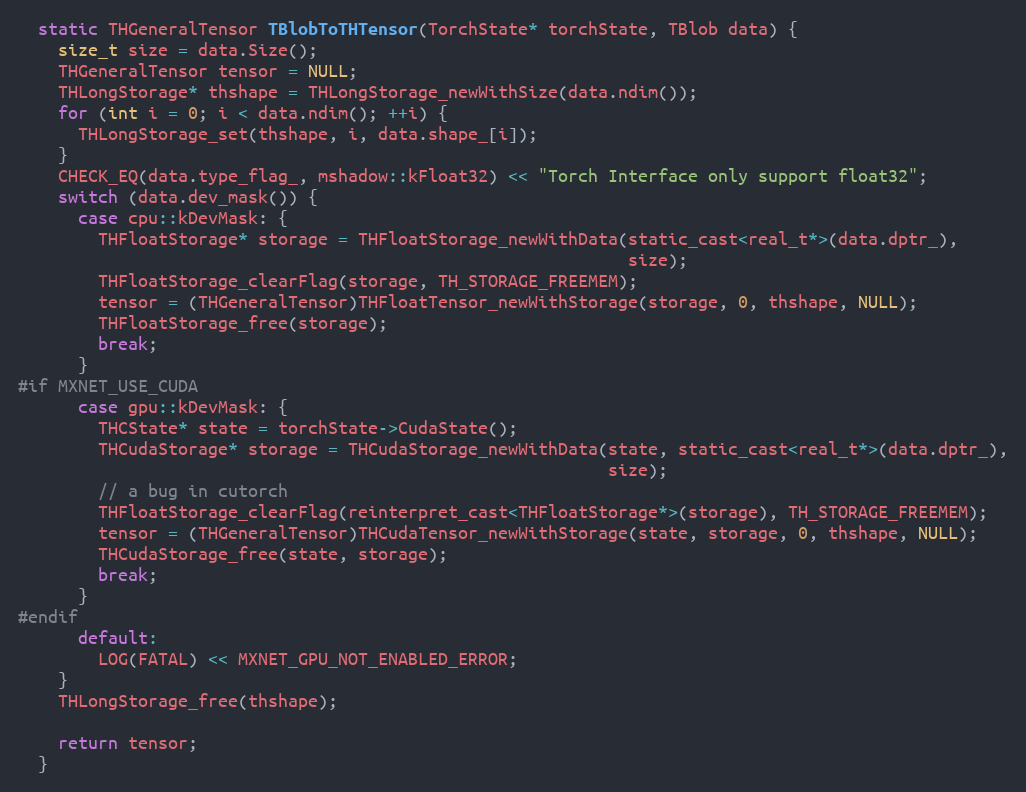
Language: C
  static THGeneralTensor TBlobToTHTensor(TorchState* torchState, TBlob data) {
    size_t size = data.Size();
    THGeneralTensor tensor = NULL;
    THLongStorage* thshape = THLongStorage_newWithSize(data.ndim());
    for (int i = 0; i < data.ndim(); ++i) {
      THLongStorage_set(thshape, i, data.shape_[i]);
    }
    CHECK_EQ(data.type_flag_, mshadow::kFloat32) << "Torch Interface only support float32";
    switch (data.dev_mask()) {
      case cpu::kDevMask: {
        THFloatStorage* storage = THFloatStorage_newWithData(static_cast<real_t*>(data.dptr_),
                                                             size);
        THFloatStorage_clearFlag(storage, TH_STORAGE_FREEMEM);
        tensor = (THGeneralTensor)THFloatTensor_newWithStorage(storage, 0, thshape, NULL);
        THFloatStorage_free(storage);
        break;
      }
#if MXNET_USE_CUDA
      case gpu::kDevMask: {
        THCState* state = torchState->CudaState();
        THCudaStorage* storage = THCudaStorage_newWithData(state, static_cast<real_t*>(data.dptr_),
                                                           size);
        // a bug in cutorch
        THFloatStorage_clearFlag(reinterpret_cast<THFloatStorage*>(storage), TH_STORAGE_FREEMEM);
        tensor = (THGeneralTensor)THCudaTensor_newWithStorage(state, storage, 0, thshape, NULL);
        THCudaStorage_free(state, storage);
        break;
      }
#endif
      default:
        LOG(FATAL) << MXNET_GPU_NOT_ENABLED_ERROR;
    }
    THLongStorage_free(thshape);

    return tensor;
  }